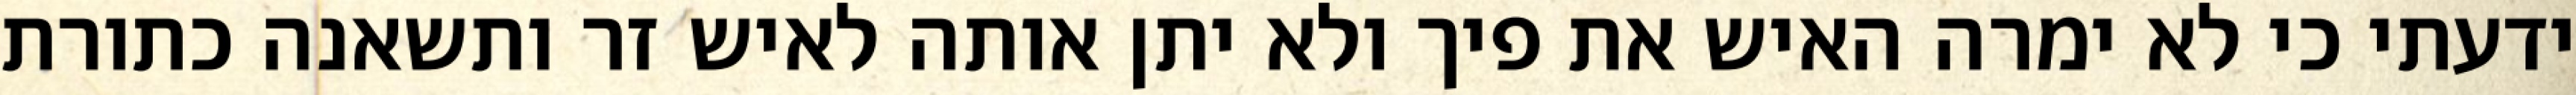
ידעתי כי לא ימרה האיש את פיך ולא יתן אותה לאיש זר ותשאנה כתורת